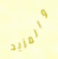
والمزيد